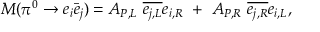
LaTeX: { \cal M } ( \pi ^ { 0 } \rightarrow e _ { i } \bar { e } _ { j } ) = A _ { P , L } ~ \overline { { { e _ { j , L } } } } e _ { i , R } ~ + ~ A _ { P , R } ~ \overline { { { e _ { j , R } } } } e _ { i , L } ,